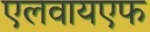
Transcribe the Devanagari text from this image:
एलवायएफ